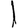
Digit: 1